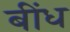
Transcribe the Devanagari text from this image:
बींध